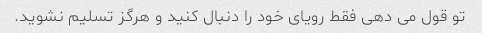
تو قول می دهی فقط رویای خود را دنبال کنید و هرگز تسلیم نشوید.